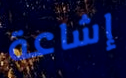
إشاعة